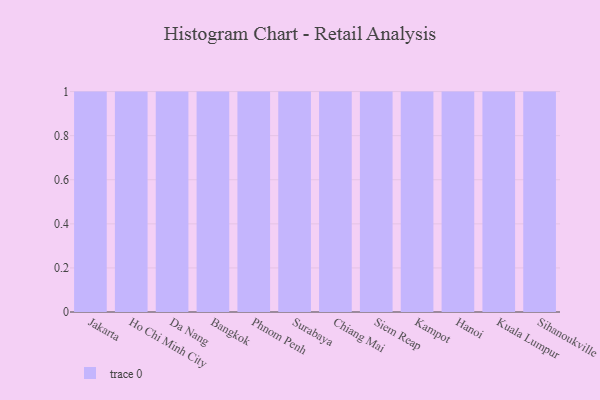
{"axis": {"x": "City", "y": "LTV (USD)"}, "legend": [""], "data": [{"x": "Jakarta", "y": 74, "type": ""}, {"x": "Ho Chi Minh City", "y": 4, "type": ""}, {"x": "Da Nang", "y": 49, "type": ""}, {"x": "Bangkok", "y": 22, "type": ""}, {"x": "Phnom Penh", "y": 20, "type": ""}, {"x": "Surabaya", "y": 21, "type": ""}, {"x": "Chiang Mai", "y": 3, "type": ""}, {"x": "Siem Reap", "y": 41, "type": ""}, {"x": "Kampot", "y": 52, "type": ""}, {"x": "Hanoi", "y": 54, "type": ""}, {"x": "Kuala Lumpur", "y": 58, "type": ""}, {"x": "Sihanoukville", "y": 83, "type": ""}]}